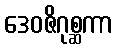
ဒေဝဇိဂုစ္ဆကာ